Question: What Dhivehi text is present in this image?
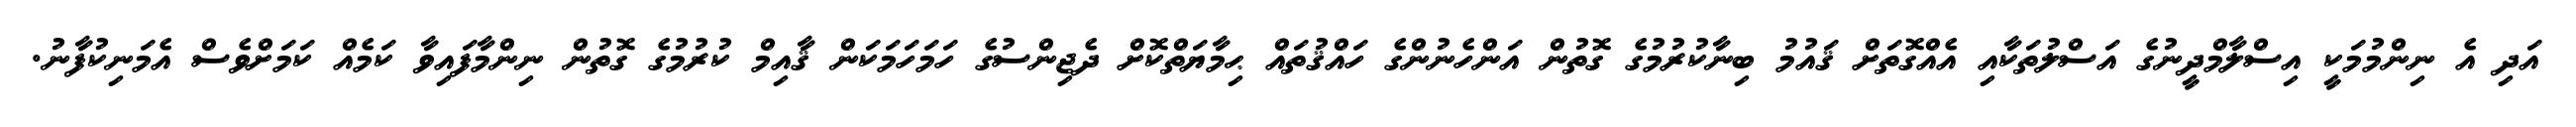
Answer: އަދި އެ ނިންމުމަކީ އިސްލާމްދީނުގެ އަސްލުތަކާއި އެއްގޮތަށް ޤައުމު ބިނާކުރުމުގެ ގޮތުން އަންހެނުންގެ ހައްޤުތައް ޙިމާޔަތްކޮށް ދެޖިންސުގެ ހަމަހަމަކަން ޤާއިމް ކުރުމުގެ ގޮތުން ނިންމާފައިވާ ކަމެއް ކަމަށްވެސް އެމަނިކުފާނު.